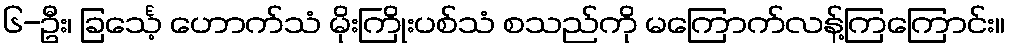
၆-ဦး၊ ခြင်္သေ့ ဟောက်သံ မိုးကြိုးပစ်သံ စသည်ကို မကြောက်လန့်ကြကြောင်း။